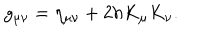
g _ { \mu \nu } = \eta _ { \mu \nu } + 2 h K _ { \mu } K _ { \nu } .